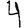
Digit: 4